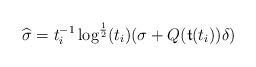
LaTeX: \begin{align*} \widehat{\sigma} = t_i^{-1} \log^{\frac12}(t_i) (\sigma + Q({\frak t}(t_i)) \delta) \end{align*}